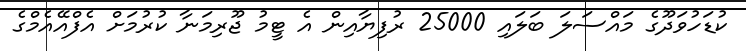
ކުޑަހުވަދޫގެ މައްސަލަ ބަލައި 25000 ރުފިޔާއިން އެ ޓީމު ޖޫރިމަނާ ކުރުމަށް އެފްއޭއެމްގެ